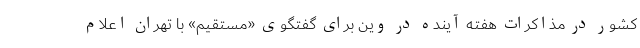
کشور در مذاکرات هفته آینده در وین برای گفتگوی «مستقیم» با تهران اعلام